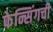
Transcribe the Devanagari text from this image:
फेन्सिंगची